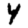
Digit: 4